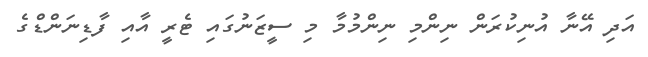
އަދި އޭނާ އުނިކުރަން ނިންމި ނިންމުމާ މި ސީޒަނުގައި ޓެރީ އާއި ފާޑިނަންޑްގެ